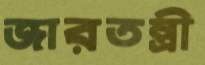
জারতন্ত্রী